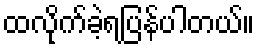
ထလိုက်ခဲ့ရပြန်ပါတယ်။